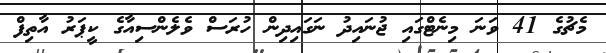
މެޗުގެ 41 ވަނަ މިނެޓްގައި ޖުނައިދު ނަގައިދިން ހުރަސް ވެލެންސިއާގެ ކީޕަރު އާތިފް